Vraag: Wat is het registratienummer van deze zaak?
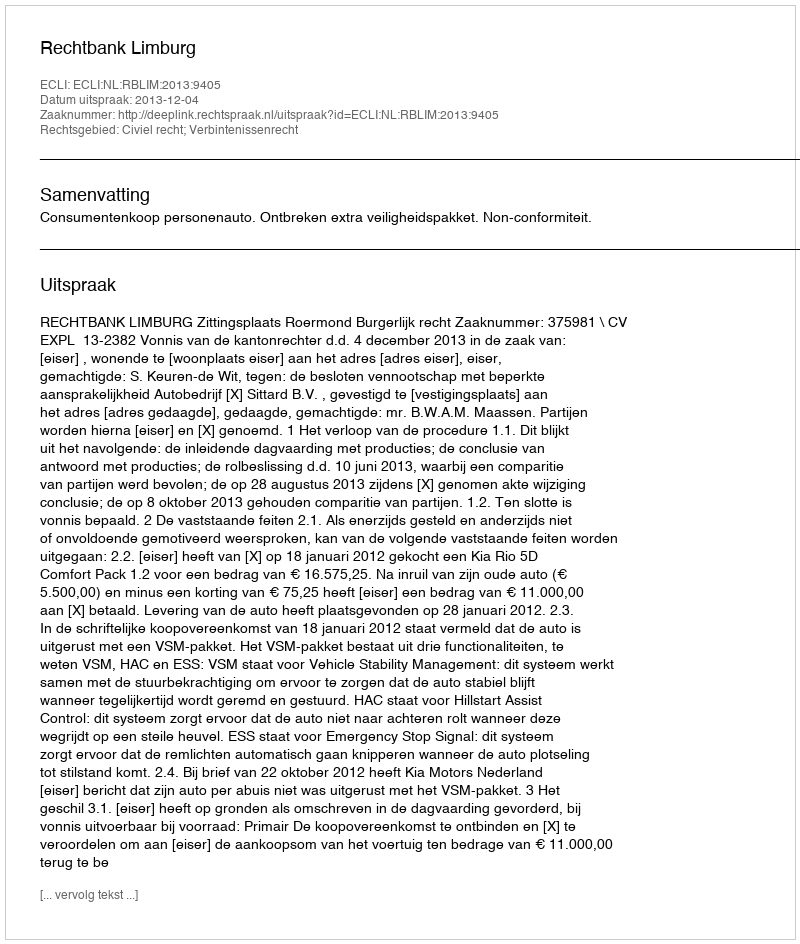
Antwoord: http://deeplink.rechtspraak.nl/uitspraak?id=ECLI:NL:RBLIM:2013:9405